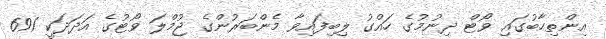
އިންތިހާބުގައި ވޯޓް ދިނުމުގެ ހައްގު ލިބިފައިވާ މެންބަރުންގެ ޖުމްލަ ވޯޓުގެ އަދަދަކީ 691